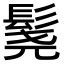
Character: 𬴨